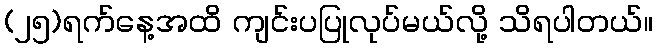
(၂၅)ရက်နေ့အထိ ကျင်းပပြုလုပ်မယ်လို့ သိရပါတယ်။